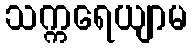
သက္ကရေယျာမ